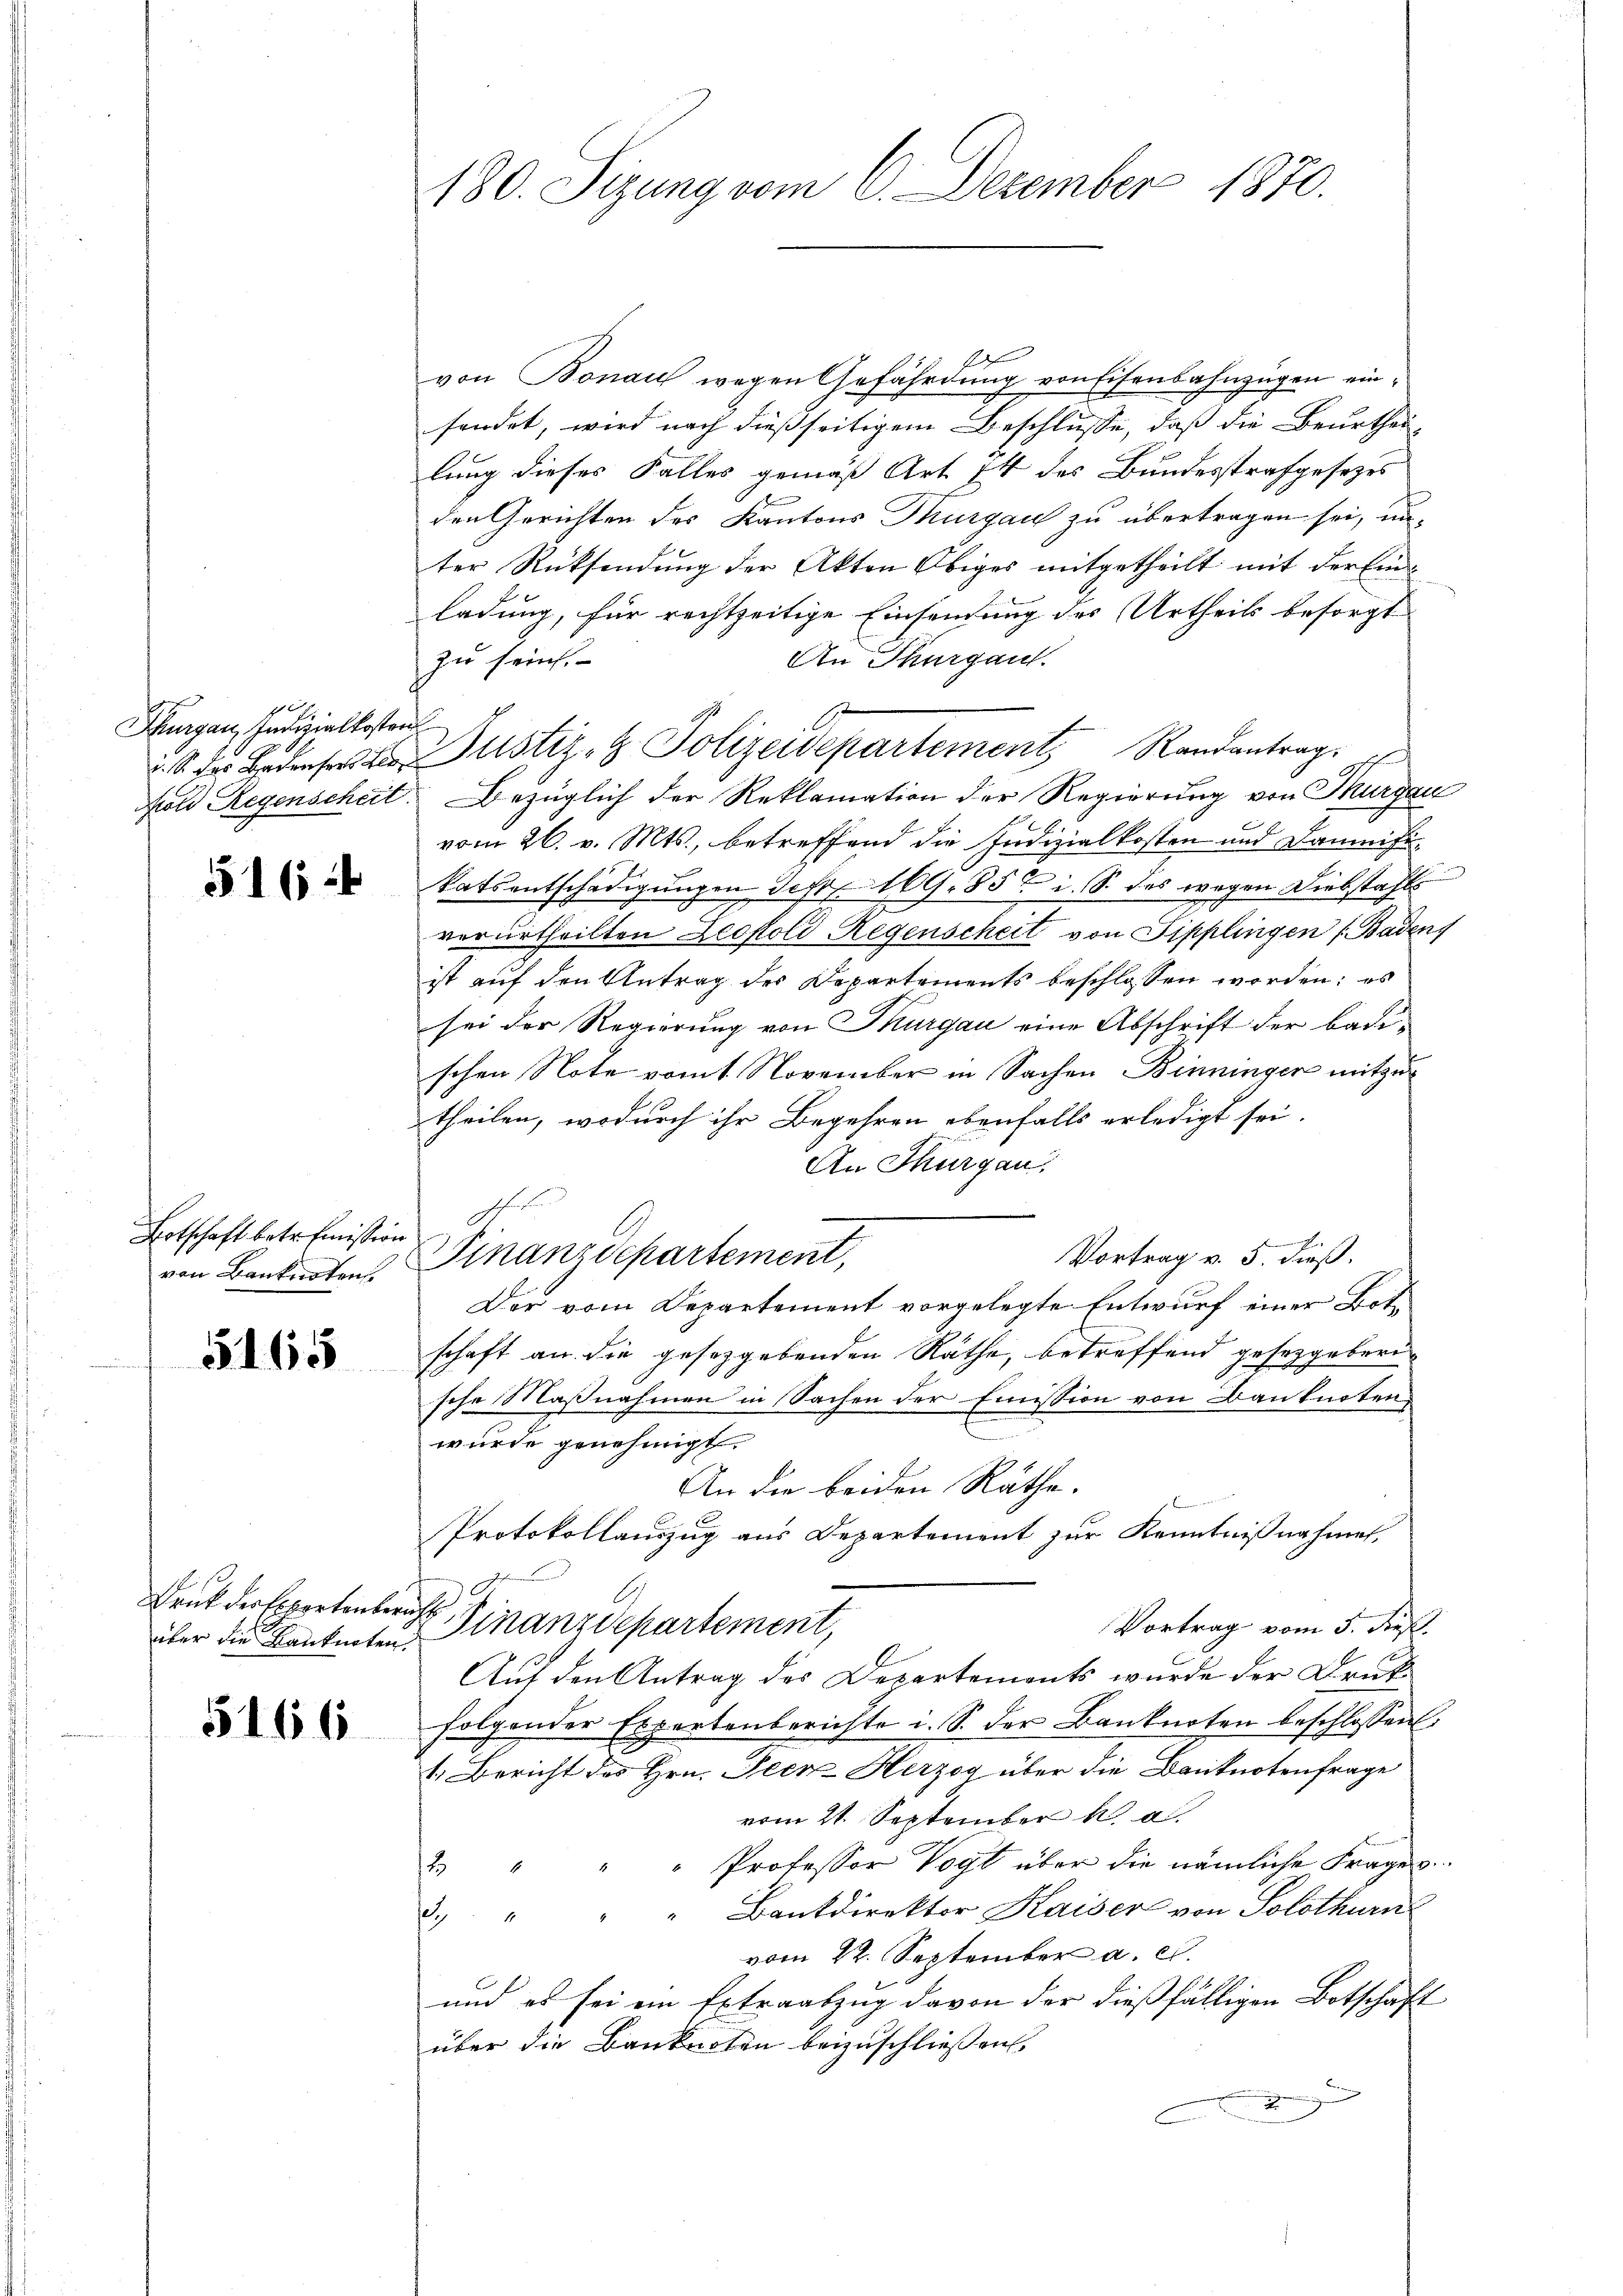
Thurgau, Indizialkosten

516 f

Lotschaft betr. mission
von Banknoten

5165

über die Kanknoten:

5166

180. Sizung vom 6. Dezember 1870.

von Bonau wegen Gefährdung von Eisenbahnzügen einsendet, wird nach dießseitigem Beschlusse, daß die Beurthei-
lung dieses Falles gemäß Art. 14 des Bundesstrafgesezes
den Gerichten des Kantons Thurgau zu übertragen sei, unter Rücksendung der Akten Obiges mitgetheilt mit der Einladung, für rechtzeitige Einsendung des Urtheils besorgt
zu sein.
An Thurgau.
v. M. der Bedene Justiz- & Polizeidepartement, Randantrag
old Regenscheit. Bezüglich der Reklamation der Regierung von Thurgau
vom 26. v. Mts., betreffend die Judizialkosten und Dameifikatsentschädigungen Jahr 169. 85 t i. S. des wegen Diebstahls
verurtheilten Leopold Regenscheit von Sipplingen (Badens
ist auf den Antrag des Departements beschlossen worden; es
sei der Regierung von Thurgau eine Abschrift der Badischen Note vom 1. November in Sachen Benninger mitzutheilen, wodurch ihr Begehren ebenfalls erledigt sei.
An Thurgau.
x
Vortrag v. 5. dieß.
Finanzdepartement,
Der vom Departement vorgelegte Entwurf einer Botschaft an die gesetzgebenden Räthe, betreffend gesetzgeberische Maßnahmen in Sachen der Emission von Banknotens
wurde genehmigt.
An die beiden Räthe.
Protokollauszug aus Departement zur Kenntnißnahmen,
Frut der Expertenberich Finanzdepartement,
Vortrag vom 5. dieß.
Auf den Antrag des Departements wurde der Drukfolgender Expertenberichte i. S. der Banknoten beschlossen:
1. Bericht des Hrn. Peen Herzog über die Banknotenfrage
vom 21. September h. a.
" Professor Vogt über die nämliche Frages
18
" Bankdirektor Kaiser von Solothurn
2
vom 22. September a. c.
und es sei ein Extraabzug davon der dießfälligen Botschaft
über die Banknoten beizuschließen.
dung

J.